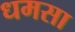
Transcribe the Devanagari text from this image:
धमसा